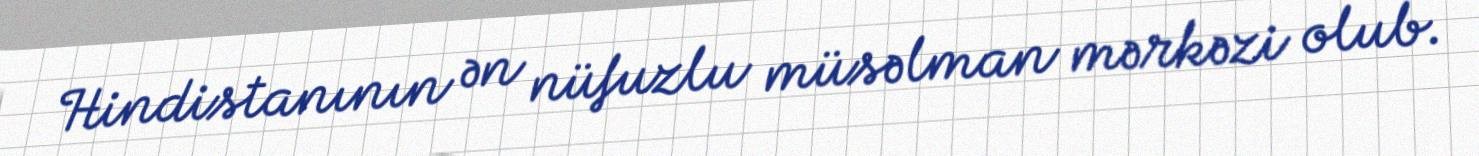
Hindistanının ən nüfuzlu müsəlman mərkəzi olub.